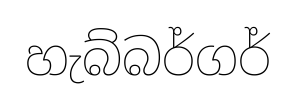
හැබ්බර්ගර්